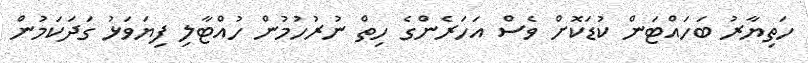
ހަތިޔާރު ބަހައްޓަން ކުޑަކޮށް ވެސް އަހަރެންގެ ހިތް ނުރުހުމުން ހުއްޓާލި ފިޔަވަޅު ގަދަކަމުން